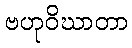
ဗဟုဝိဃာတာ